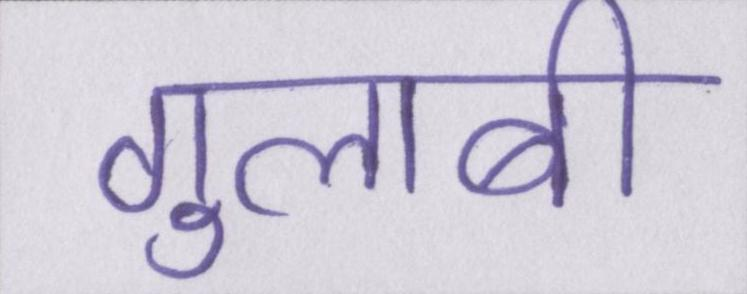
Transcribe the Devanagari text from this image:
गुलाबी